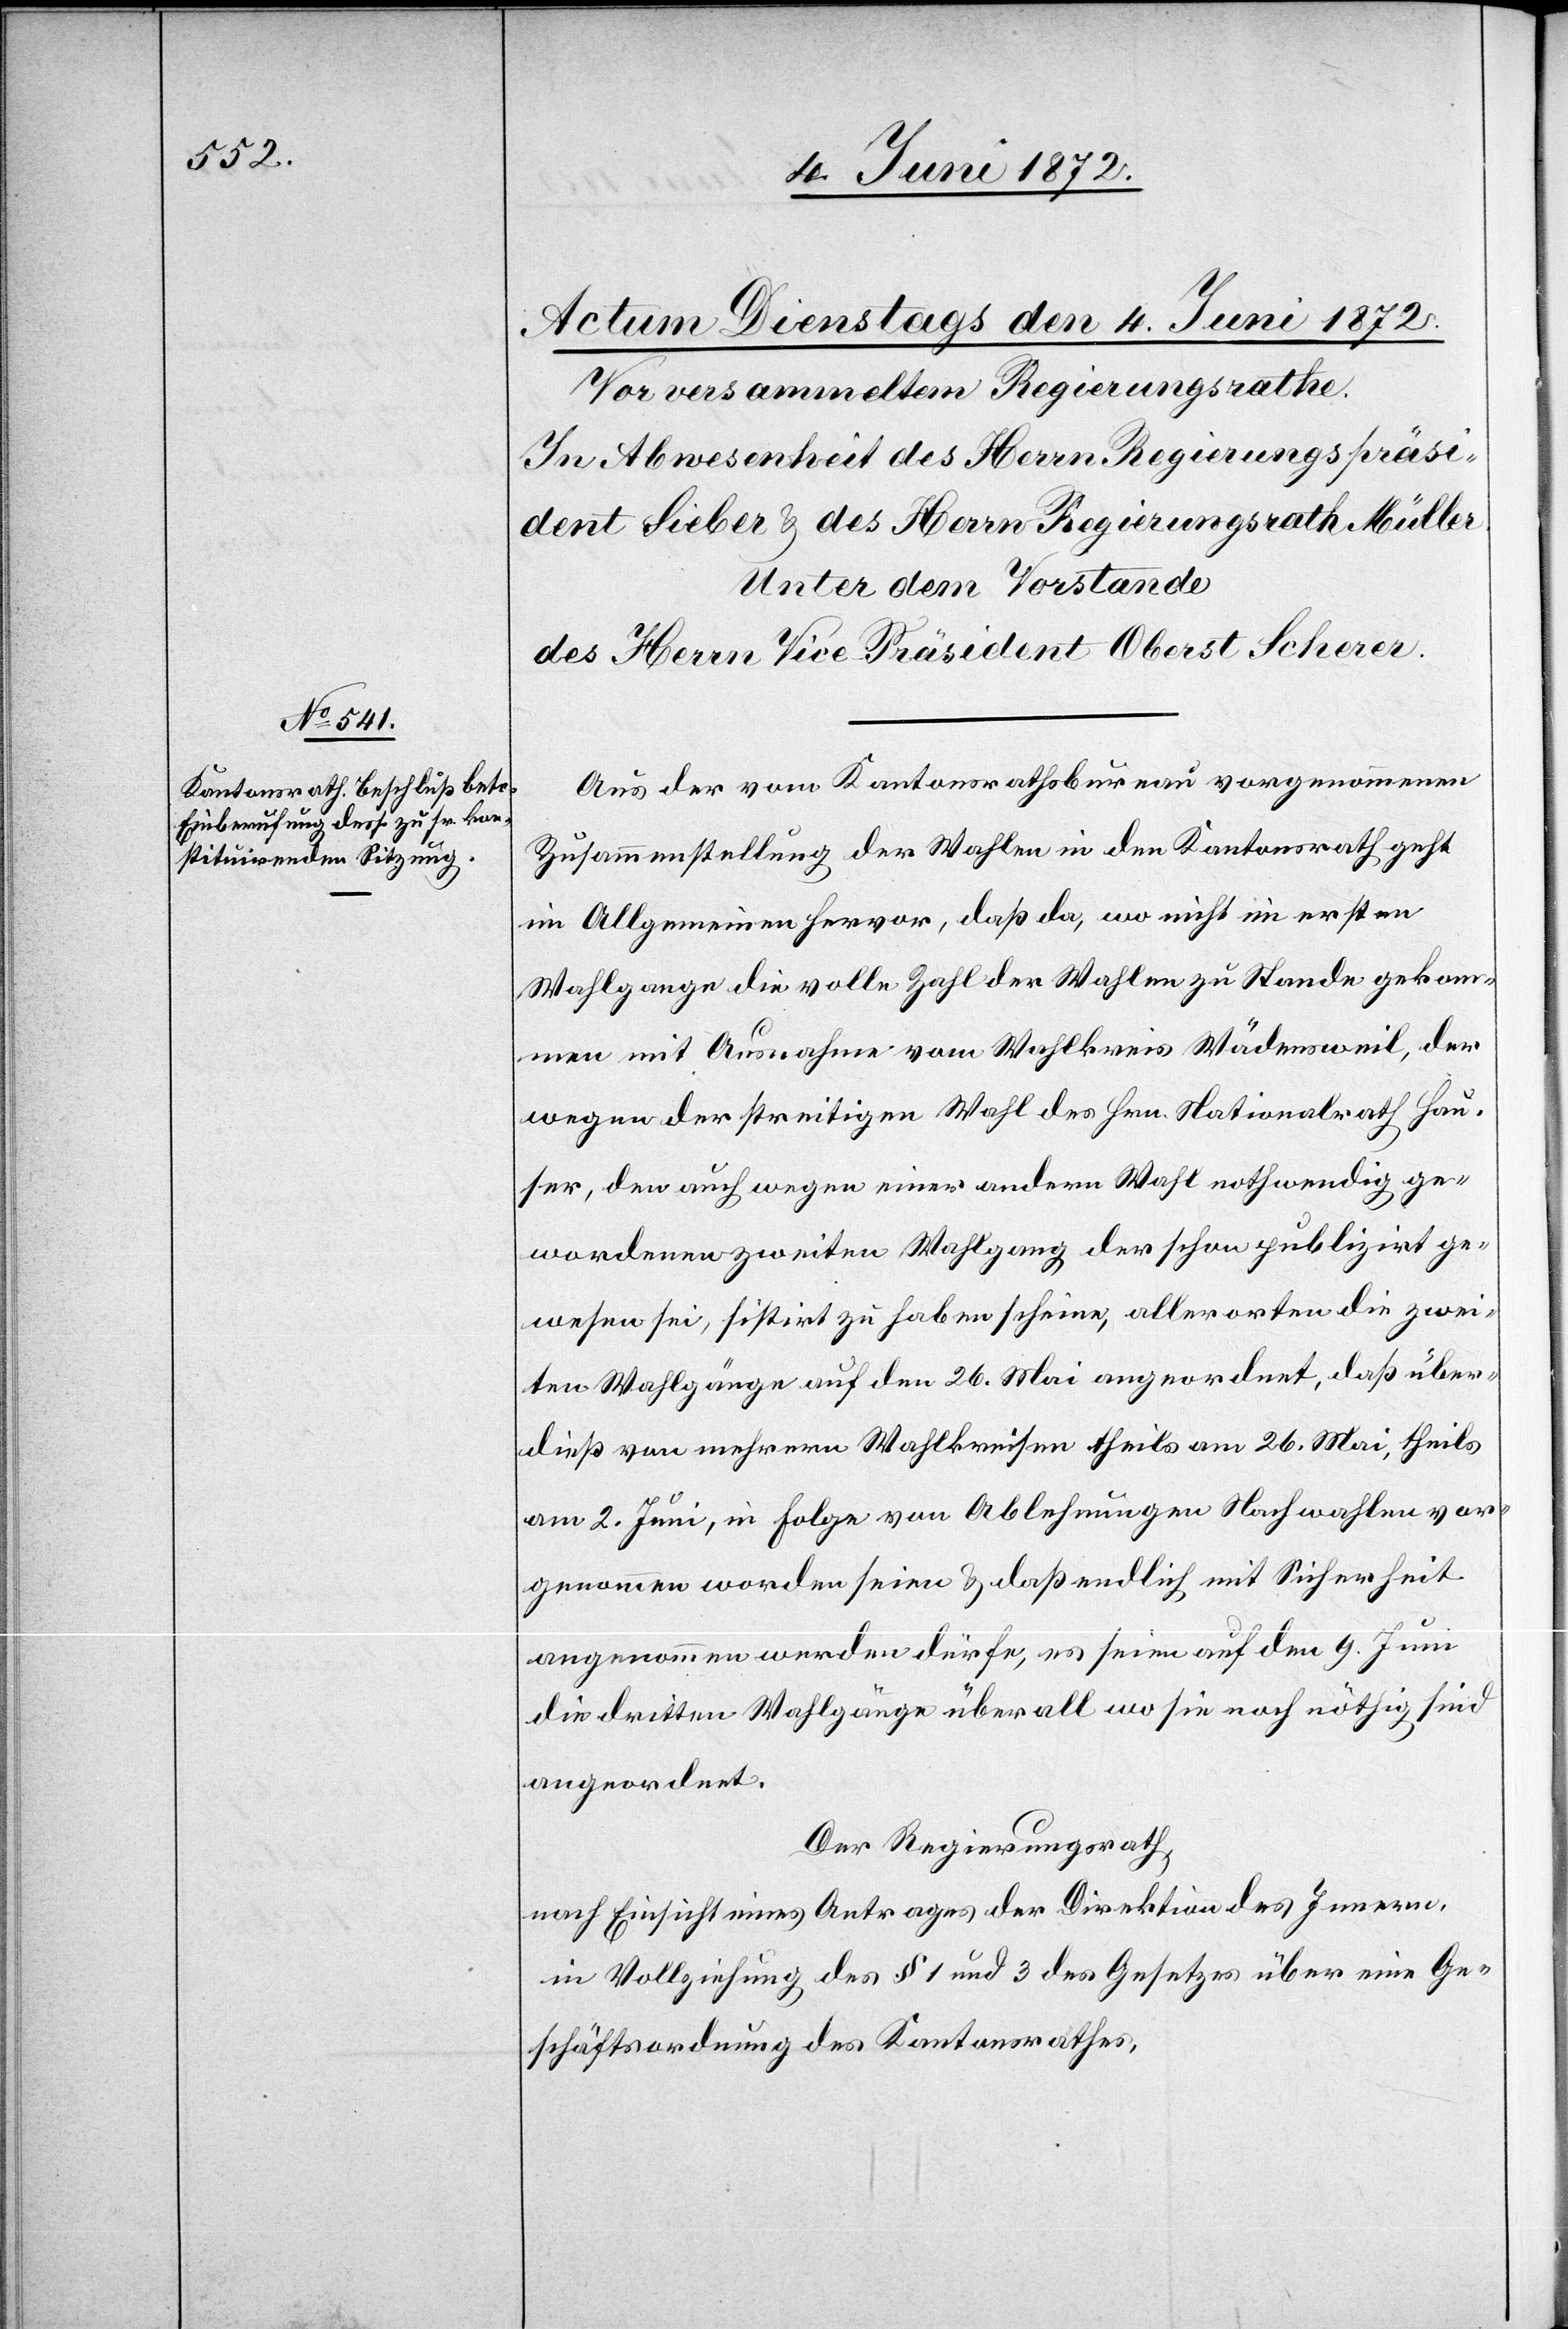
Aus der vom Kantonsrathsbureau vorgenommenen
Zusammenstellung der Wahlen in den Kantonsrath geht
im Allgemeinen hervor, daß da, wo nicht im ersten
Wahlgange die volle Zahl der Wahlen zu Stande gekom¬
men[,] mit Ausname vom Wahlkreis Wädensweil, der
wegen der streitigen Wahl des Hrn. Nationalrath Hau¬
ser, den auch wegen einer andern Wahl nothwendig ge¬
wordenen zweiten Wahlgang der schon publizirt ge¬
wesen sei, sistirt zu haben scheine, alllerorten die zwei¬
ten Wahlgänge auf den 26. Mai angeordnet, daß über¬
dieß von mehrern Wahlkreisen theils am 26. Mai, theils
am 2. Juni, in Folge von Ablehnungen Nachwahlen vor¬
genommen worden seien u. daß endlich mit Sicherheit
angenommen werden dürfe, es seien auf den 9. Juni
die dritten Wahlgänge überall wo sie noch nöthig sind
angeordnet.
Der Regierungsrath,
nach Einsicht eines Antrages der Direktion des Innern,
in Vollziehung des § 1 und 3 des Gesetzes über eine Ge¬
schäftsordnung des Kantonsrathes,